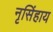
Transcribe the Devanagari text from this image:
नृसिंहाय